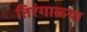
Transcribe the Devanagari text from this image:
तिरंगाळ्या